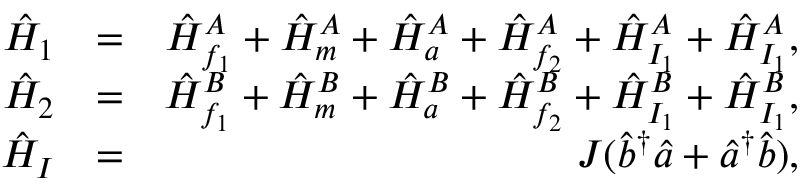
\begin{array} { r l r } { \hat { H } _ { 1 } } & { = } & { \hat { H } _ { f _ { 1 } } ^ { A } + \hat { H } _ { m } ^ { A } + \hat { H } _ { a } ^ { A } + \hat { H } _ { f _ { 2 } } ^ { A } + \hat { H } _ { I _ { 1 } } ^ { A } + \hat { H } _ { I _ { 1 } } ^ { A } , } \\ { \hat { H } _ { 2 } } & { = } & { \hat { H } _ { f _ { 1 } } ^ { B } + \hat { H } _ { m } ^ { B } + \hat { H } _ { a } ^ { B } + \hat { H } _ { f _ { 2 } } ^ { B } + \hat { H } _ { I _ { 1 } } ^ { B } + \hat { H } _ { I _ { 1 } } ^ { B } , } \\ { \hat { H } _ { I } } & { = } & { J ( \hat { b } ^ { \dagger } \hat { a } + \hat { a } ^ { \dagger } \hat { b } ) , } \end{array}